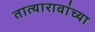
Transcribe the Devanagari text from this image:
तात्यारावांच्या